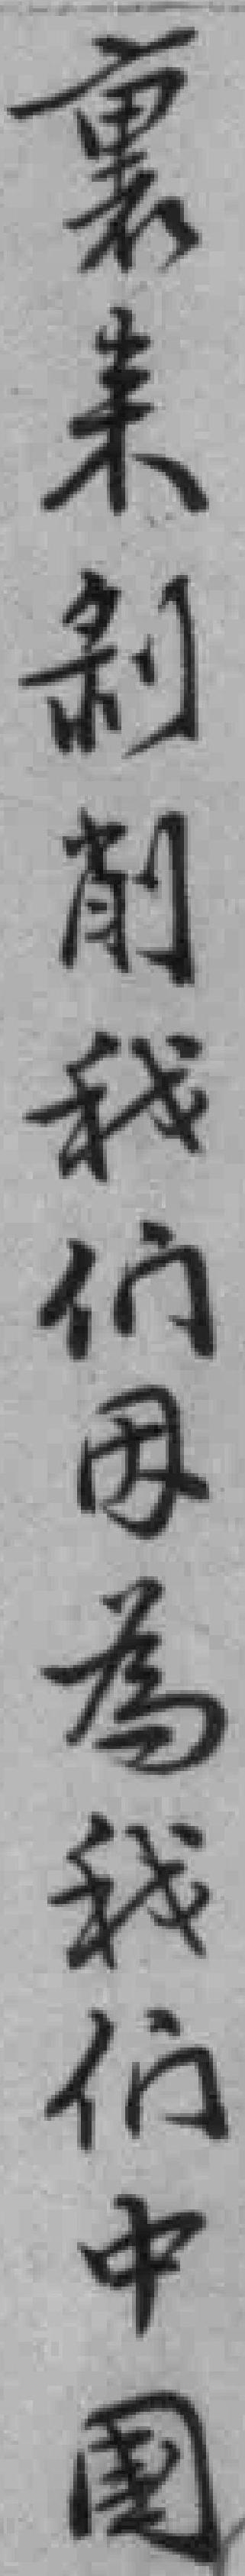
裏来制削我们因為我们中國